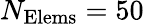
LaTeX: N_{\mathrm{Elems}}=50